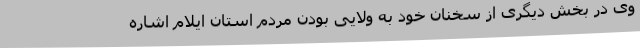
وی در بخش دیگری از سخنان خود به ولایی بودن مردم استان ایلام اشاره